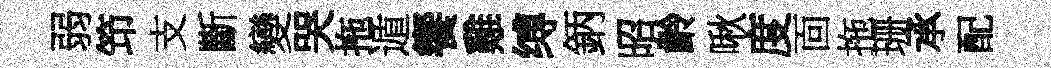
弱笻支斷變哭拖遁饗雞缚鈵昭齡啾度靣拖珊承配